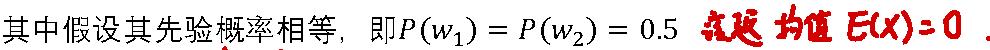
其中假设其先验概率相等，即$P(w_1)=P(w_2)=0.5$  ，均值 $E(x)=0$ .